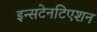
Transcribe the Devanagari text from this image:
इन्सटेनटिएशन